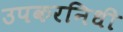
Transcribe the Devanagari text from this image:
उपकरनिधी